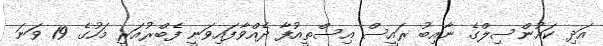
އަދި ކައުންސިލްގެ ނާއިބު ރައީސް އިސްތީއުފާ ދެއްވާފައިވަނީ ފެބްރުއަރީ މަހުގެ 19 ވަނަ